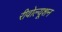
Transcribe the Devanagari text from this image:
रीवोल्यूशन